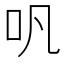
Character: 㕨